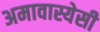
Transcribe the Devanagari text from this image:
अमावास्येसी